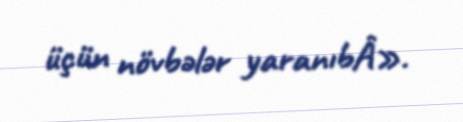
üçün növbələr yaranıbÂ».